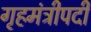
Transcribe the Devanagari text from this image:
गृहमंत्रीपदी